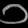
Digit: ၁